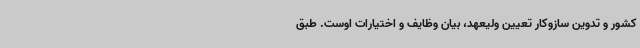
کشور و تدوین سازوکار تعیین ولیعهد،‌ بیان وظایف و اختیارات اوست. طبق